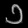
Digit: ၁